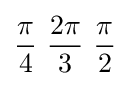
{\pi  \over 4}\ {2\pi  \over 3}\ {\pi  \over 2}